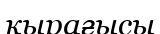
қырағысы